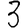
Digit: 3